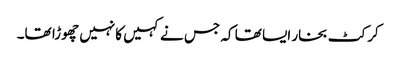
کرکٹ بخار ایسا تھا کہ جس نے کہیں کانہیں چھوڑا تھا۔